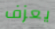
يعزف